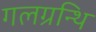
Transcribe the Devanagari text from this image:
गलग्रन्थि